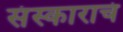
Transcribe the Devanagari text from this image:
संस्काराचं